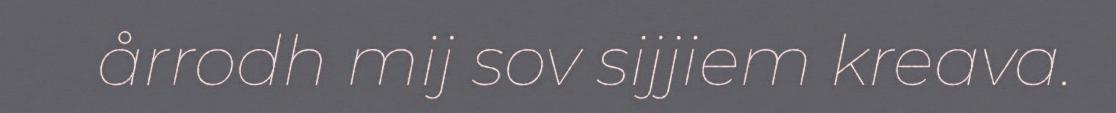
årrodh mij sov sijjiem kreava.